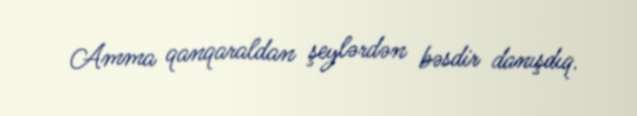
Amma qanqaraldan şeylərdən bəsdir danışdıq.